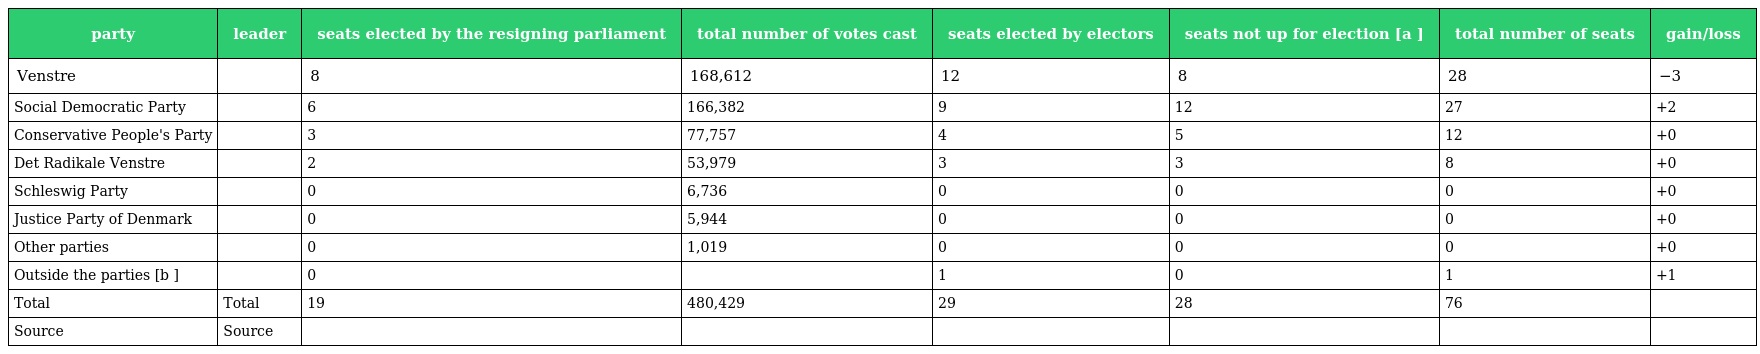
| party | leader | seats elected by the resigning parliament | total number of votes cast | seats elected by electors | seats not up for election [a ] | total number of seats | gain/loss |
 | --- | --- | --- | --- | --- | --- | --- | --- |
 | Venstre |  | 8 | 168,612 | 12 | 8 | 28 | −3 |
 | Social Democratic Party |  | 6 | 166,382 | 9 | 12 | 27 | +2 |
 | Conservative People's Party |  | 3 | 77,757 | 4 | 5 | 12 | +0 |
 | Det Radikale Venstre |  | 2 | 53,979 | 3 | 3 | 8 | +0 |
 | Schleswig Party |  | 0 | 6,736 | 0 | 0 | 0 | +0 |
 | Justice Party of Denmark |  | 0 | 5,944 | 0 | 0 | 0 | +0 |
 | Other parties |  | 0 | 1,019 | 0 | 0 | 0 | +0 |
 | Outside the parties [b ] |  | 0 |  | 1 | 0 | 1 | +1 |
 | Total | Total | 19 | 480,429 | 29 | 28 | 76 |  |
 | Source | Source |  |  |  |  |  |  |